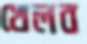
খেলব